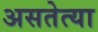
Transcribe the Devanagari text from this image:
असतेत्या